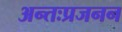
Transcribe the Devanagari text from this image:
अन्तःप्रजनन